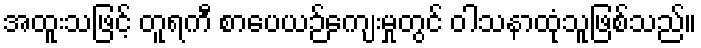
အထူးသဖြင့် တူရကီ စာပေယဉ်ကျေးမှုတွင် ဝါသနာထုံသူဖြစ်သည်။